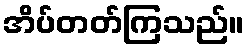
အိပ်တတ်ကြသည်။